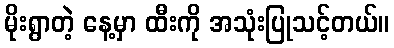
မိုးရွာတဲ့ နေ့မှာ ထီးကို အသုံးပြုသင့်တယ်။